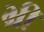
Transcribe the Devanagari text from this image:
भ्री